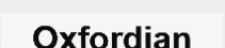
Oxfordian